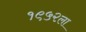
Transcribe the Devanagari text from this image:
१९५२ला